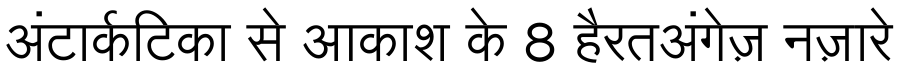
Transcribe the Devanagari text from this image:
अंटार्कटिका से आकाश के 8 हैरतअंगेज़ नज़ारे